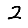
Digit: 2